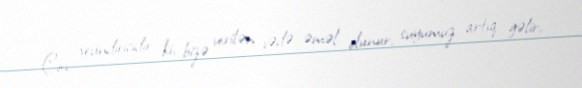
Çox sevindiricidir ki, bizə verilən vədə əməl olunur, suyumuz artıq gəlir,